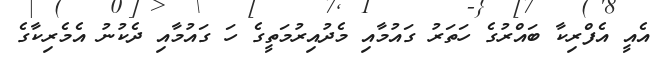
އެއީ އެފްރިކާ ބައްރުގެ ހަތަރު ގައުމާއި މެދުއިރުމަތީގެ ހަ ގައުމާއި ދެކުނު އެމެރިކާގެ